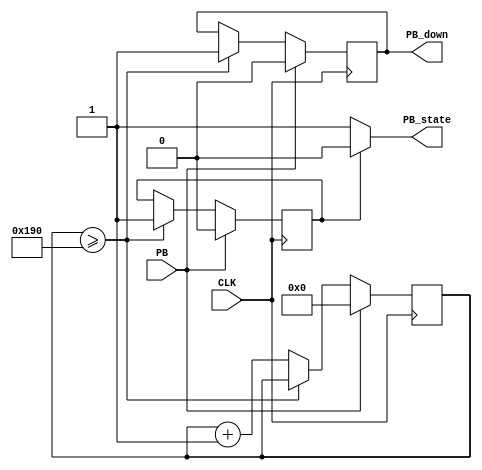
module debounce_db(
		    input CLK,
		    input PB,  

		    output reg PB_state, 
		    output reg PB_down
		  );

		  reg aux_pb;
		  reg [15:0] counter;
		  //assign PB_state = (counter >= 400)?PB_state:1'b1;
always@(*)
begin

	PB_state = 1'b1;
	
	if(CLK)
	begin
		if(aux_pb)
			PB_state = 1'b0;
	end
	else if(!CLK)
	begin
		if(aux_pb)
			PB_state = 1'b0;
	end
end

always@(posedge CLK)
begin

	if(PB)
	begin
		aux_pb  <= 1'b0;
		counter <= 16'd0;
		PB_down <= 1'b0;
	end
	else
	begin
	
		if(counter >= 400)
		begin
			aux_pb  <= 1'b1;
			PB_down <= 1'b1;
		end
		else 
			counter <= counter + 16'd1;
	
	end


end
		  

endmodule